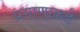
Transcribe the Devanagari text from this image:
प्रमाणाकडे